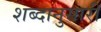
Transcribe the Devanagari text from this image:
शब्दानुसारी